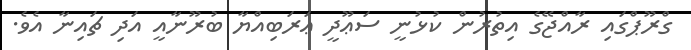
ގްރޫޕްގައި ރާއްޖޭގެ އިތުރުން ކުޅުނީ ސަޢޫދީ ޢަރަބިއްޔާ ބުރޫނާއީ އަދި ޗައިނާ އެވެ.